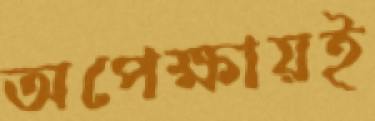
অপেক্ষায়ই